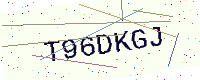
Text: T96DKGJ